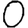
Digit: 0